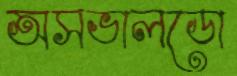
অসভালডো